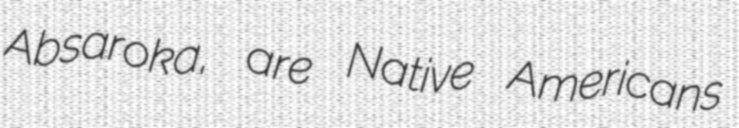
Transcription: Absaroka, are Native Americans